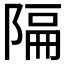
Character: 𫕆